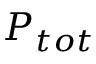
P _ { t o t }